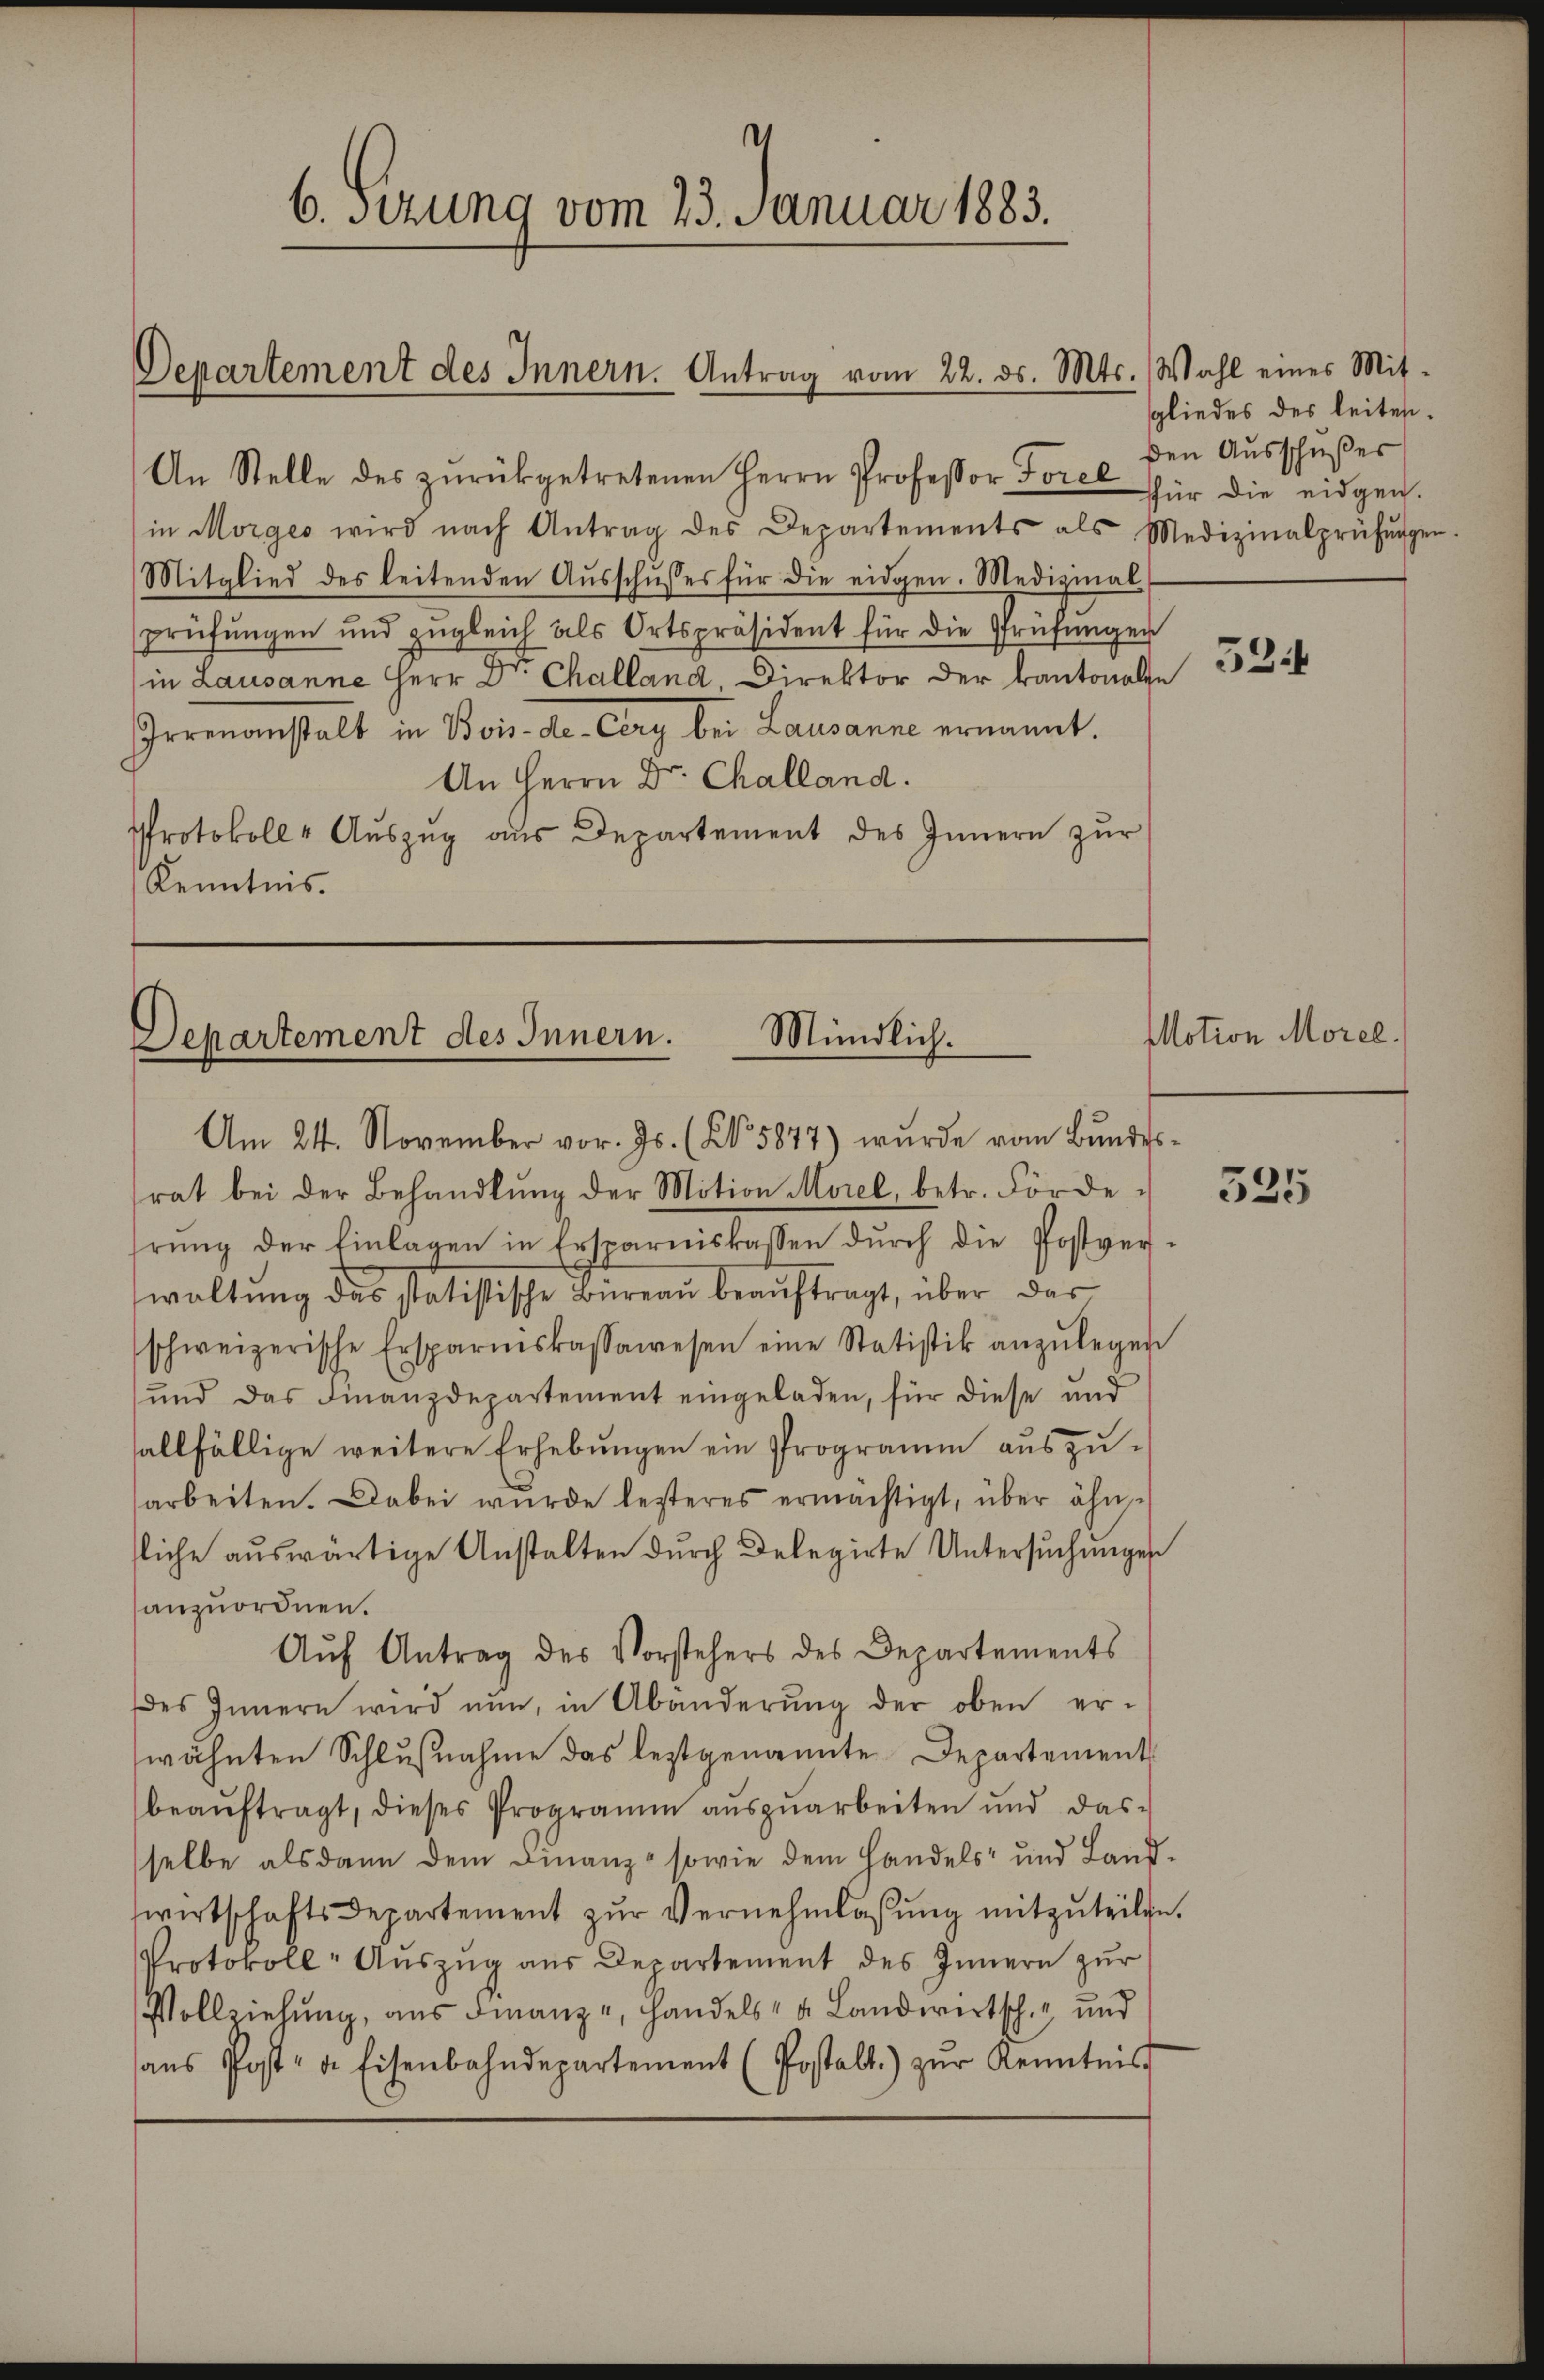
An Stelle des zŭrückgetretenen Herrn Professor Forel für die eidgen.
in Morges wird nach Antrag des Departements als Medizinalprüfŭngen
Mitglied des leitenden Aŭsschŭsses für die eidgen. Medizinal
prüfŭngen und zŭgleich als Ortspräsident für die Prüfungen
in Lausanne Herr Dr. Challand, Direktor der kantonale
Irrenanstalt in Bois-de-Cery bei Lausanne ernannt.
An Herrn Dr. Challand.
Protokoll- Auszug aus Departement des Innern zŭr
Kenntnis.

6. Sitzung vom 23. Januar 1883.

Departement des Innern. Antrag vom 22. ds. Mts.

Mündlich.
Departement des Innern.
Am 24. November vor. Js. (N. 5877) wurde vom Bundes¬

rat bei der Behandlŭng der Motion Morel, betr. Förde
hrŭng der Einlagen in Ersparniskassen dŭrch die Postver-
waltung das statistische Büreau beaŭftragt, über das
schweizerische Ersparniskassawesen eine Statistik anzŭlegen
und das Finanzdepartement eingeladen, für diese und
allfällige weitere Erhebungen ein Programm auszuarbeiten. Dabei wurde lezteres ermächtigt, über ähn
sliche auswärtige Anstalten durch Delegirte Untersuchungen
anzuordnen.
Aŭf Antrag des Vorstehers des Departements
des Innern wird nun, in Abänderŭng der oben er-
wähnten Schlŭβnahme das leztgenannte Departement
beaŭftragt, dieses Programm aŭszŭarbeiten und das-
sselbe alsdann dem Finanz- sowie dem Handels- und Landwirtschaftsdepartement zŭr Vernehmlassŭng mitzŭteilen.
Protokoll- Aŭszŭg aŭs Departement des Innern zur
Vollziehung, aus Finanze, Handels- & Landwirtsch, und
sans Post- a. Eisenbahndepartement (Postalt) zŭr Kenntnis

Wahl eines Mitsgliedes des leiten.
den Ausschußes

534

Motion Morel.

525